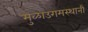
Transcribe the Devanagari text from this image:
मुळाउगमस्थानी